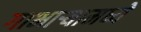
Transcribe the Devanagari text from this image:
गाभाऱ्यामध्ये